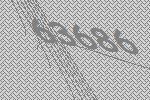
63686